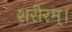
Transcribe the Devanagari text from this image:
शरीरम्।